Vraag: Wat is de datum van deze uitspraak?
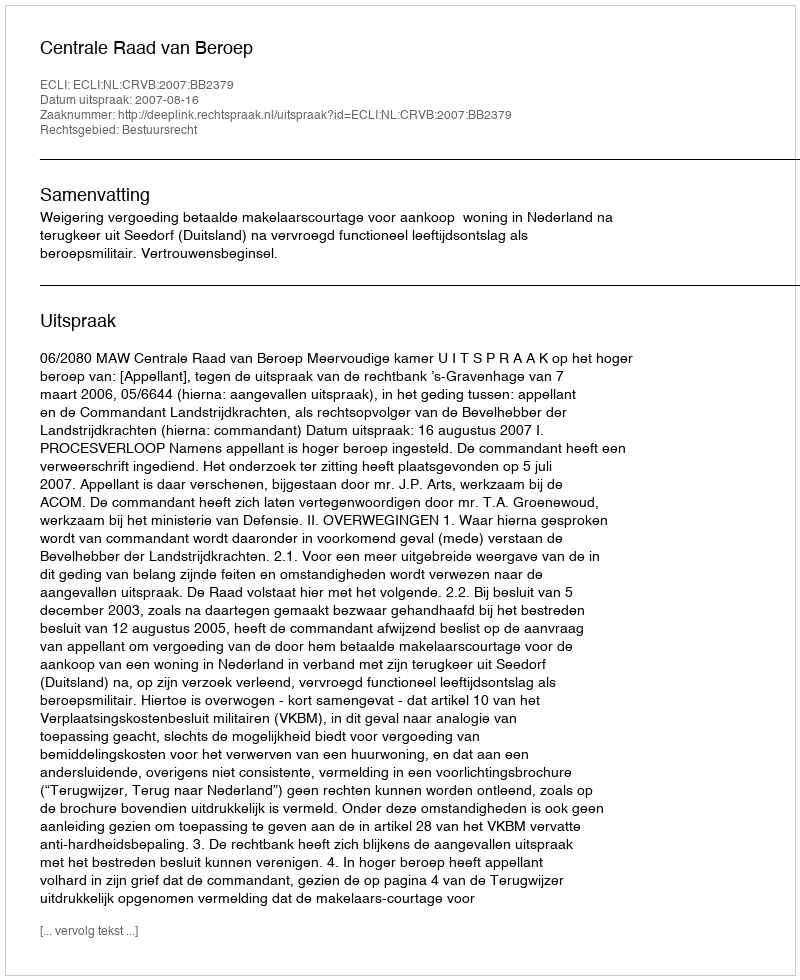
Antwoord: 2007-08-16